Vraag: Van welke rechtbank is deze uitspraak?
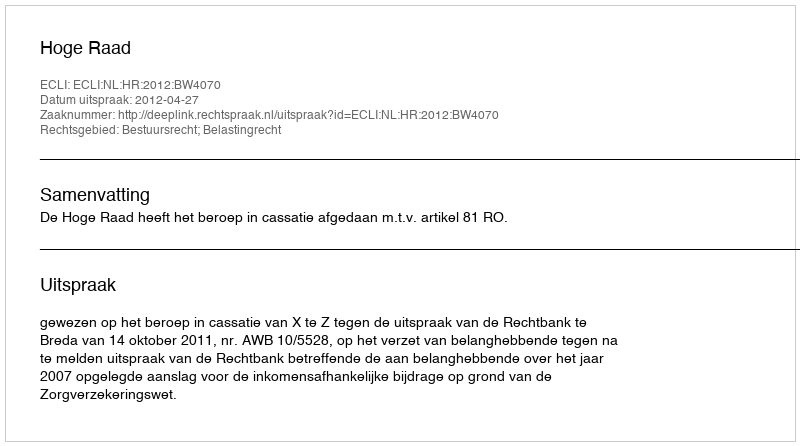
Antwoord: Hoge Raad